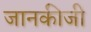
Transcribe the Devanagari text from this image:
जानकीजी